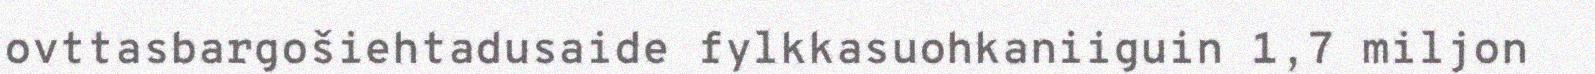
ovttasbargošiehtadusaide fylkkasuohkaniiguin 1,7 miljon